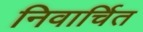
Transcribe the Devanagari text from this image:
निवार्चित